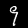
Label: 9